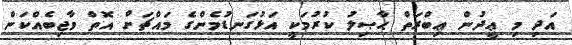
އަދި މި ޢީދުން ޢިބްރަތް ޙާޞިލު ކުރުމަކީ އަޅުގަނޑުމެންގެ މައްޗަށް އޮތް ވާޖިބެއްކަން